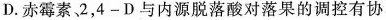
D. 赤霉素、2，4 - D 与内源脱落酸对落果的调控有协